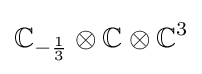
\mathbb {C} _{-{\frac {1}{3}}}\otimes \mathbb {C} \otimes \mathbb {C} ^{3}